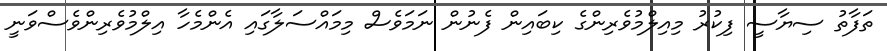
ތަފާތު ސިޔާސީ ފިކުރު މިއިލްމުވެރިންގެ ކިބައިން ފެނުން ނަމަވެސް މިމައްސަލާގައި އެންމެހާ އިލްމުވެރިންވެސްވަނީ